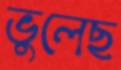
ভুলেছ